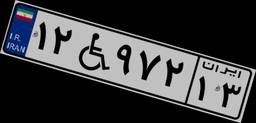
۱۲W۹۷۲۱۳